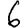
Digit: 6